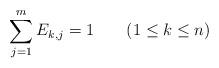
LaTeX: \begin{align*}\sum_{j=1}^mE_{k,j}=1\qquad(1\le k\le n)\end{align*}